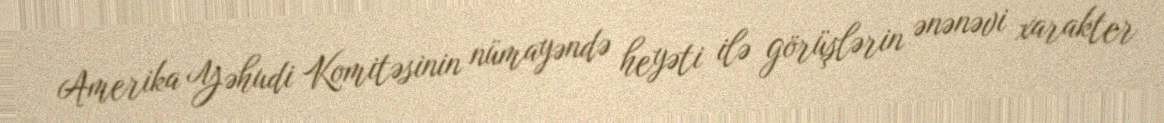
Amerika Yəhudi Komitəsinin nümayəndə heyəti ilə görüşlərin ənənəvi xarakter